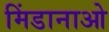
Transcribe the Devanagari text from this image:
मिंडानाओ